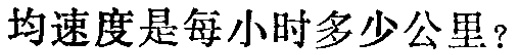
均速度是每小时多少公里？